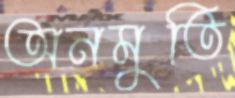
অনমুতি